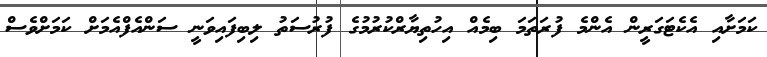
ކަމަށާއި އެކެޓަގަރީން އެންމެ ފުރަތަމަ ބިމެއް އިހުތިޔާރްކުރުމުގެ ފުރުސަތު ލިބިފައިވަނީ ސަންއެފްއެމަށް ކަމަށްވެސް